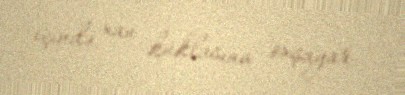
içində xan kuklasına oxşayar.